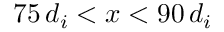
7 5 \, d _ { i } < x < 9 0 \, d _ { i }